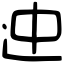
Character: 迚